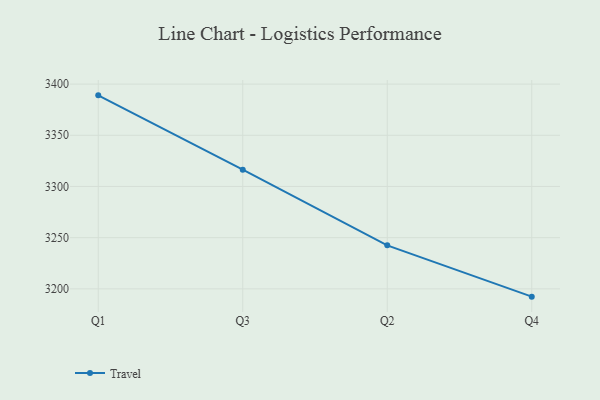
{"axis": {"x": "Quarter", "y": "Satisfaction Score"}, "legend": ["Travel"], "data": [{"x": "Q1", "y": 3389.0, "type": "Travel"}, {"x": "Q3", "y": 3316.4, "type": "Travel"}, {"x": "Q2", "y": 3242.5, "type": "Travel"}, {"x": "Q4", "y": 3192.4, "type": "Travel"}]}